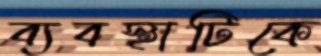
ব্যবস্থাটিকে